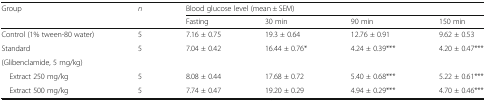
| <ROWSPAN=2> Group | <ROWSPAN=2> n | <COLSPAN=4> Blood glucose level (mean ± SEM) |
 | Fasting | 30 min | 90 min | 150 min |
 | --- | --- | --- | --- | --- | --- |
 | Control (1% tween-80 water) | 5 | 7.16 ± 0.75 | 19.3 ± 0.64 | 12.76 ± 0.91 | 9.62 ± 0.53 |
 | Standard | 5 | 7.04 ± 0.42 | 16.44 ± 0.76* | 4.24 ± 0.39*** | 4.20 ± 0.47*** |
 | <COLSPAN=6> (Glibenclamide, 5 mg/kg) |
 | Extract 250 mg/kg | 5 | 8.08 ± 0.44 | 17.68 ± 0.72 | 5.40 ± 0.68*** | 5.22 ± 0.61*** |
 | Extract 500 mg/kg | 5 | 7.74 ± 0.47 | 19.20 ± 0.29 | 4.94 ± 0.29*** | 4.70 ± 0.46*** |